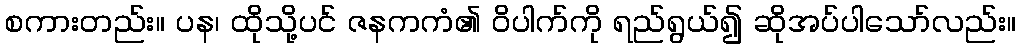
စကားတည်း။ ပန၊ ထိုသို့ပင် ဇနကကံ၏ ဝိပါက်ကို ရည်ရွယ်၍ ဆိုအပ်ပါသော်လည်း။